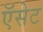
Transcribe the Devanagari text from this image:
ऍसेट